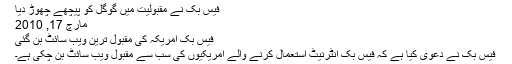
فیس بک نے مقبولیت میں گوگل کو پیچھے چھوڑ دیا
مارچ 17, 2010
فیس بک امریکہ کی مقبول ترین ویب سائٹ بن گئی
فیس بک نے دعویٰ کیا ہے کہ فیس بک انٹرنیٹ استعمال کرنے والے امریکیوں کی سب سے مقبول ویب سائٹ بن چکی ہے۔